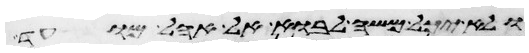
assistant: ולא יכל משה לבוא אל אהל מועד